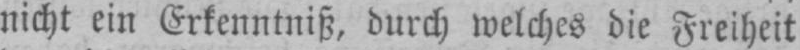
nicht ein Erkenntniß, durch welches die Freiheit